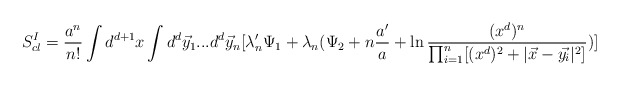
\begin{align*}S_{cl}^{I}=\frac{a^{n}}{n!}\int d^{d+1}x\int d^{d}\vec{y}_{1}...d^{d}\vec{y}_{n}[\lambda'_{n}\Psi_{1}+\lambda_{n}(\Psi_{2}+n\frac{a'}{a}+\ln\frac{(x^{d})^{n}}{\prod_{i=1}^{n}[(x^{d})^{2}+|\vec{x}-\vec{y_{i}}|^{2}]})]\end{align*}